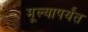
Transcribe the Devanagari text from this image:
मूल्यापर्यंत